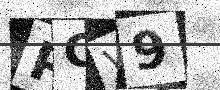
Text: PCV9